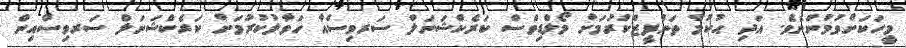
މީހަކަށްވުމުންނެވެ. އަދި ޙުުކުމް ތަންފީޒްކުރުމަށް މޯލްޑިވްސް ކަރެކްޝަނަލް ސަރވިސްއާ ހަވާލުކުރުމަށް ކަރެކްޝަނަލް ސަރވިސްއިން